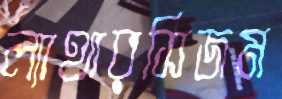
ল্যাথারসিজম